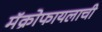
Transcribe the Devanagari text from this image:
मॅक्रोफायलाची